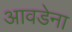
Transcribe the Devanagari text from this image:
आवडेना